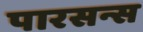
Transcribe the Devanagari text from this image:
पारसन्स